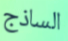
الساذج